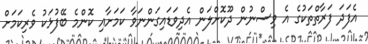
އެފަދަ ފަރާތްތަކުގެ އެ ވިސްނުން ދޫކޮށްލަން އެދިވަޑައިގަންނަވާ ކަމަށާއި ކޮންމެ ބޭފުޅަކު ވެރިކަމަށް